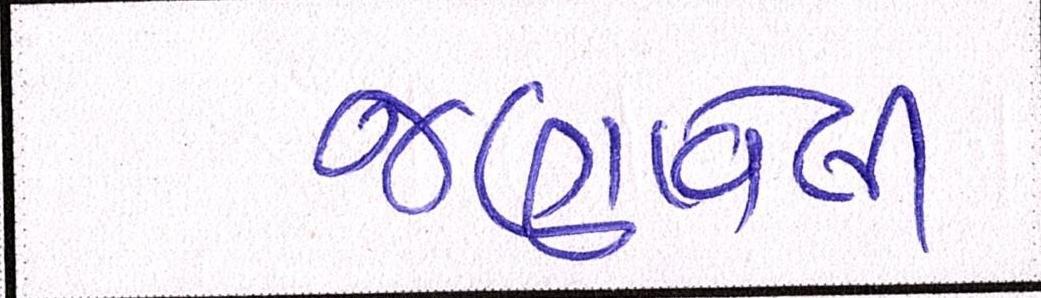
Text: જણાવેલી